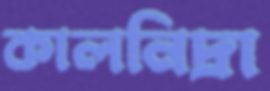
কালনিদ্রা